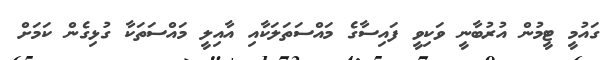
ގައުމީ ޓީމުން އުރުބާނީ ވަކިވީ ފައިސާގެ މައްސަތަލަކާއި އާއިލީ މައްސަތަކާ ގުޅިގެން ކަމަށް